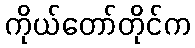
ကိုယ်တော်တိုင်က